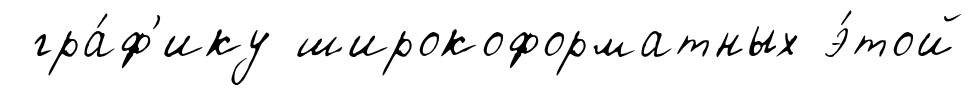
гра́ф'ику широкоформатных э́той